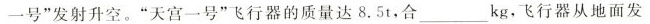
一号”发射升空。”天宫一号”飞行器的质量达8.5t，合___kg，飞行器从地面发